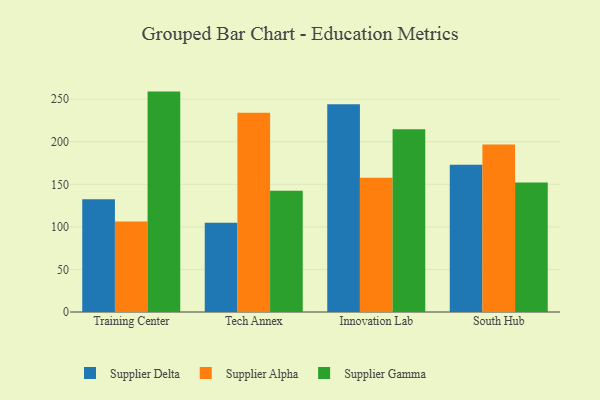
{"axis": {"x": "Campus", "y": "Budget (USD K)"}, "legend": ["Supplier Alpha", "Supplier Delta", "Supplier Gamma"], "data": [{"x": "Training Center", "y": 132.3, "type": "Supplier Delta"}, {"x": "Training Center", "y": 106.2, "type": "Supplier Alpha"}, {"x": "Training Center", "y": 258.9, "type": "Supplier Gamma"}, {"x": "Tech Annex", "y": 104.9, "type": "Supplier Delta"}, {"x": "Tech Annex", "y": 234.1, "type": "Supplier Alpha"}, {"x": "Tech Annex", "y": 142.4, "type": "Supplier Gamma"}, {"x": "Innovation Lab", "y": 244.0, "type": "Supplier Delta"}, {"x": "Innovation Lab", "y": 157.7, "type": "Supplier Alpha"}, {"x": "Innovation Lab", "y": 214.6, "type": "Supplier Gamma"}, {"x": "South Hub", "y": 172.9, "type": "Supplier Delta"}, {"x": "South Hub", "y": 196.8, "type": "Supplier Alpha"}, {"x": "South Hub", "y": 152.1, "type": "Supplier Gamma"}]}